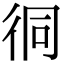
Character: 㣚